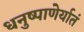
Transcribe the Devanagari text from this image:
धनुष्पाणेर्यातं